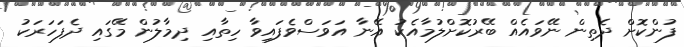
ފުންކޮށް ދެތިން ނޭވައެއް ބޭރުކޮށްލުމާއެކު އޭނާ އަވަސްވެފައިވާ ހިތާއި ދިމާލުން މޭގައި ދެފަހަރަކު